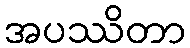
အပဿိတာ